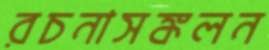
রচনাসঙ্কলন